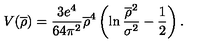
V ( \overline { { \rho } } ) = \frac { 3 e ^ { 4 } } { 6 4 \pi ^ { 2 } } \overline { { \rho } } ^ { 4 } \left( \ln \frac { \overline { { \rho } } ^ { 2 } } { \sigma ^ { 2 } } - \frac { 1 } { 2 } \right) .